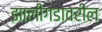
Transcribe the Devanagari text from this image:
झालीगडावरील